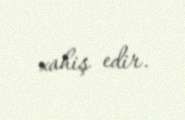
xahiş edir.